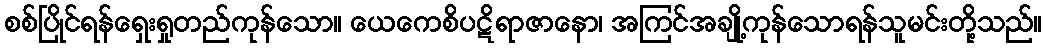
စစ်ပြိုင်ရန်ရှေးရှုတည်ကုန်သော။ ယေကေစိပဋိရာဇာနော၊ အကြင်အချို့ကုန်သောရန်သူမင်းတို့သည်။